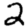
Digit: 2